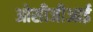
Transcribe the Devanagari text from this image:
ओसीजीआई